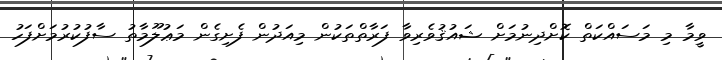
ވީމާ މި މަސައްކަތް ކޮށްދިނުމަށް ޝައުޤުވެރިވާ ފަރާތްތަކުން މިއަދުން ފެށިގެން މަޢުލޫމާތު ސާފުކުރުމަށްފަހު